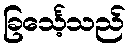
ခြင်္သေ့သည်